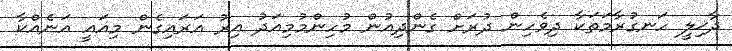
ދާޚިލީ ހަނގުރާމަތަކާ ދިވެހިން ދުރަށް ގެންދިއުން މުހިންމުމިއަދު އިރު އަރައިގެން މިއައީ އަނެއްކާ